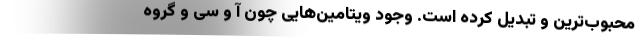
محبوب‌ترین و تبدیل کرده است. وجود ویتامین‌هایی چون آ و سی و گروه